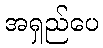
အရှည်ပေ